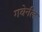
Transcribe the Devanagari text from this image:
गवेर्नल